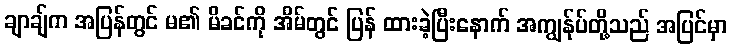
ချာချ်က အပြန်တွင် မ၏ မိခင်ကို အိမ်တွင် ပြန် ထားခဲ့ပြီးနောက် အကျွန်ုပ်တို့သည် အပြင်မှာ